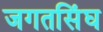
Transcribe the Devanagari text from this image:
जगतसिंघ